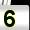
Digit: 5